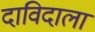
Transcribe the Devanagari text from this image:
दाविदाला